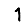
Digit: 1